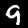
Label: 9